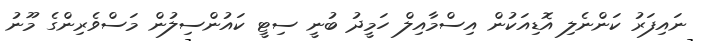
ނައިފަރު ކަންނެލި އޮޑިއަކުން އިސްމާއިލް ހަމީދު ބުނީ ސިޓީ ކައުންސިލުން މަސްވެރިންގެ މޫނު